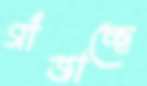
গাঁজাচ্ছে